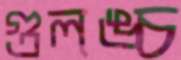
গুলঙ্চ